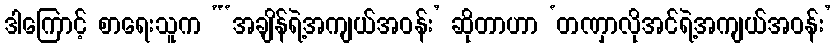
ဒါကြောင့် စာရေးသူက “‘အချိန်ရဲ့အကျယ်အဝန်း’ ဆိုတာဟာ ‘တဏှာလိုအင်ရဲ့အကျယ်အဝန်း’